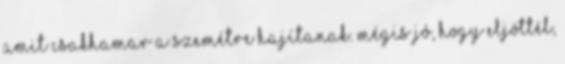
amit csakhamar a szemétre hajítanak. Mégis jó, hogy eljöttél,